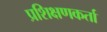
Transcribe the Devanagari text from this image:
प्रशिक्षणकर्ता